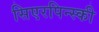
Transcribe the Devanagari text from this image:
सिएरपिन्स्की